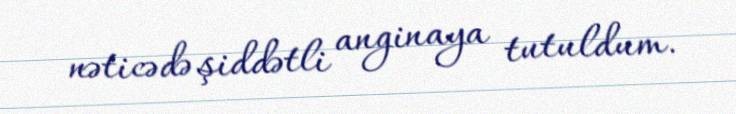
nəticədə şiddətli anginaya tutuldum.